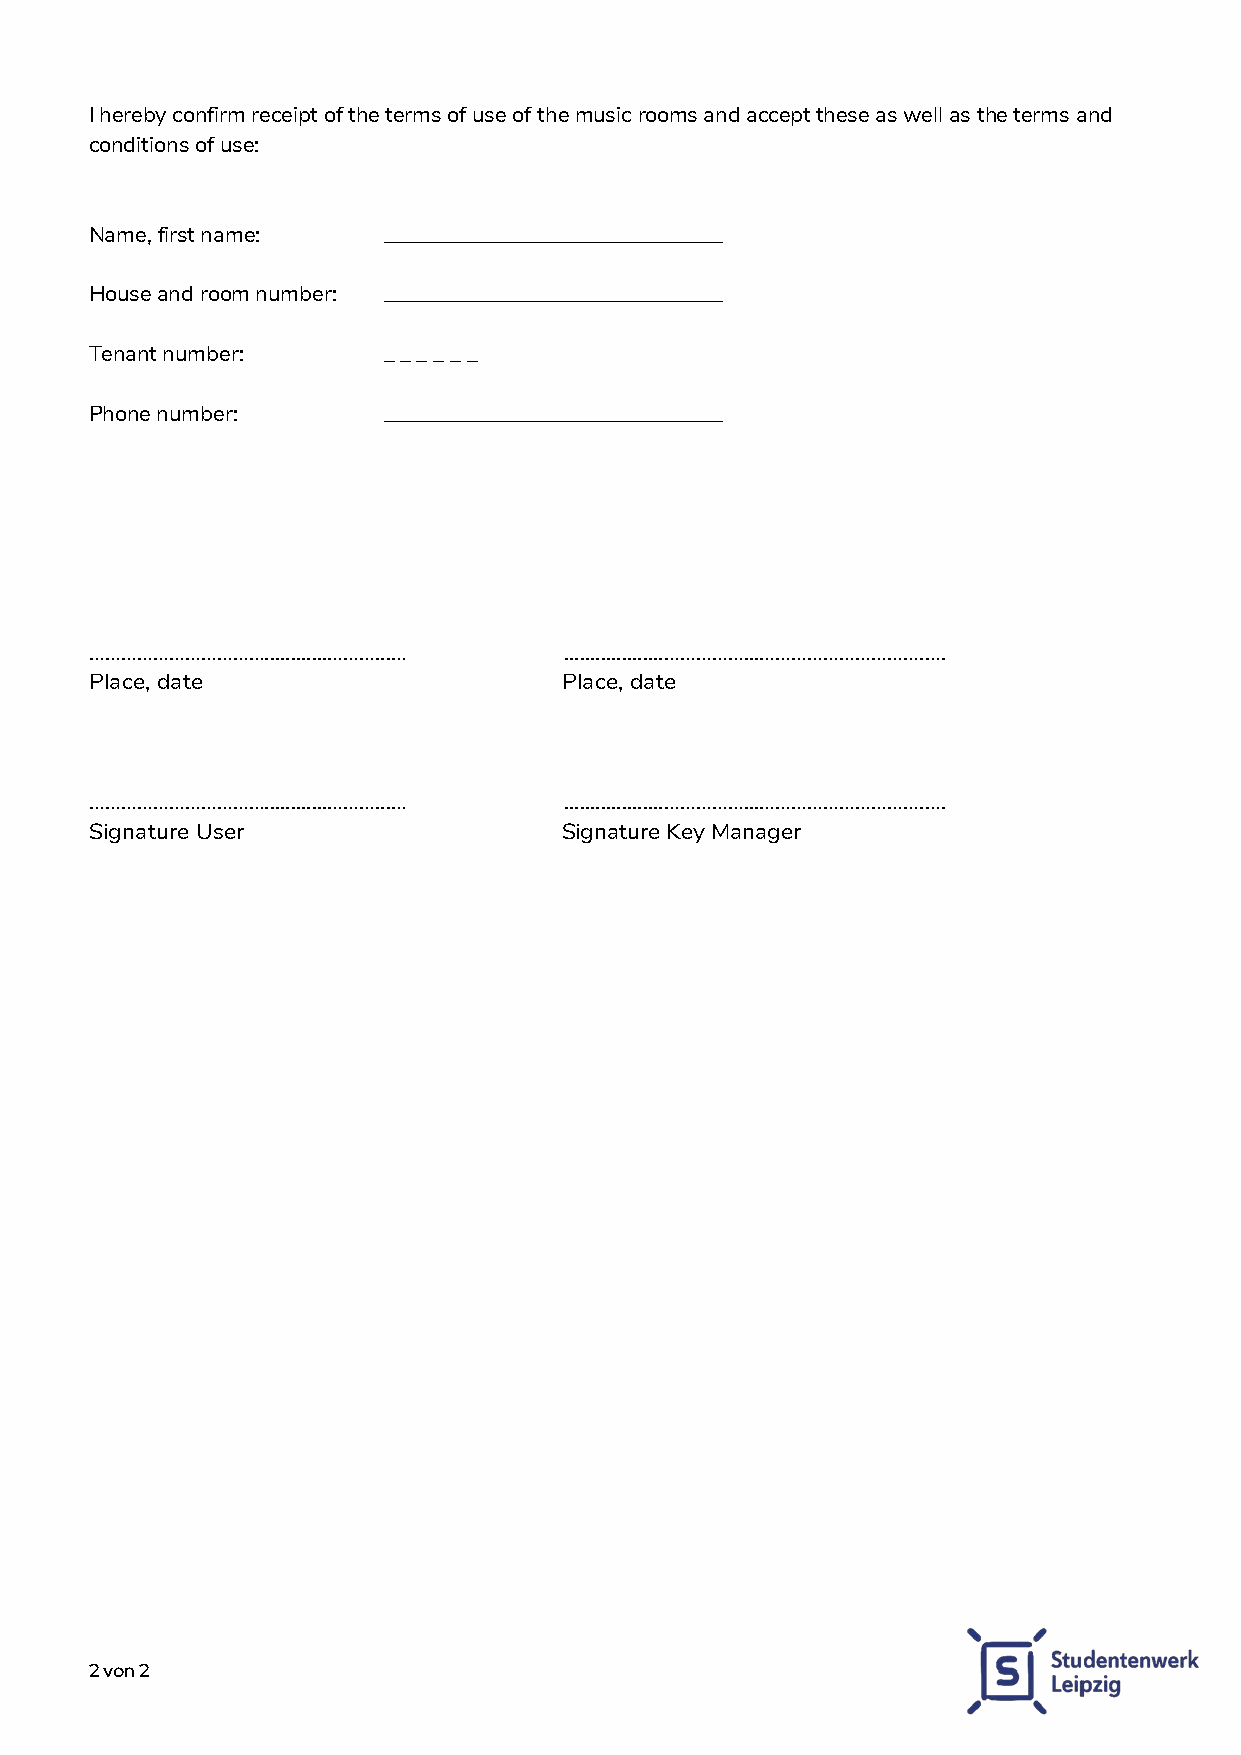
I hereby confirm receipt of the terms of use of the music rooms and accept these as well as the terms and
 conditions of use:
 Name, first name:  _______________________________
 House and room number: _______________________________
 Tenant number:     _ _ _ _ _ _
 Phone number:      _______________________________
 ……………………………............………...… ...................……………...………………………….….
 Place, date                    Place, date
 ……………………………............………...… ...................……………...………………………….….
 Signature User                 Signature Key Manager
 2 von 2